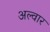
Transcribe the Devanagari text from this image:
अल्वार